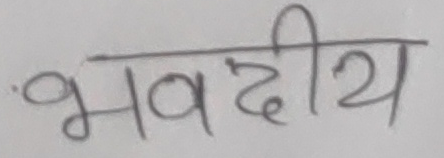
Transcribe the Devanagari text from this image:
भवदीय